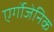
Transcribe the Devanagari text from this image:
एर्गोजेनिक